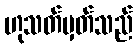
ဟုသတ်မှတ်သည်